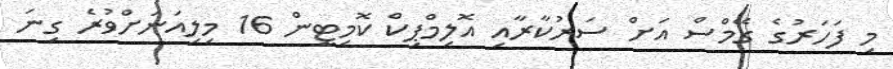
މި ފަހަރުގެ ގޭމްސް އަށް ސަރުކާރާއި އޮލިމްޕިކް ކޮމިޓީން 16 މިލިއަނަށްވުރެ ގިނަ